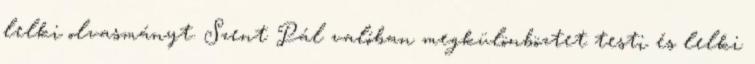
lelki olvasmányt. Szent Pál valóban megkülönböztet testi és lelki